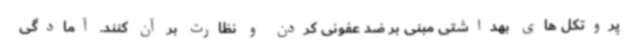
پروتکل های بهداشتی مبنی بر ضد عفونی کردن و نظارت بر آن کنند. آمادگی